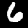
Digit: 6